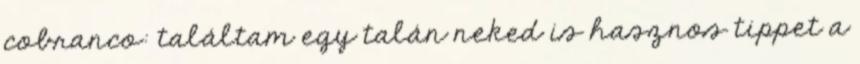
cobranco: találtam egy talán neked is hasznos tippet a